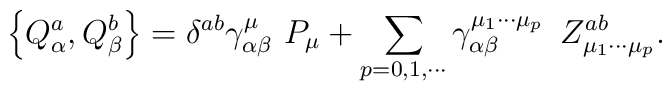
\left\{ Q_\alpha ^a,Q_\beta ^b\right\} =\delta ^{ab}\gamma _{\alpha \beta}^\mu \,\,P_\mu +\sum_{p=0,1,\cdots }\gamma _{\alpha \beta }^{\mu _1\cdots\mu _p}\,\,\,Z_{\mu _1\cdots \mu _p}^{ab}.